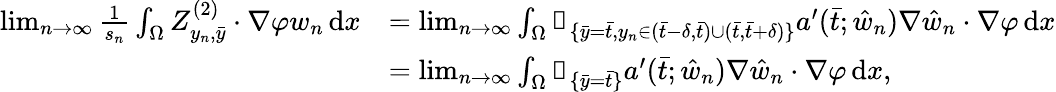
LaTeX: \begin{array}{rl}{\operatorname*{lim}_{n\to\infty}\frac{1}{s_{n}}\int_{\Omega}Z_{y_{n},\bar{y}}^{(2)}\cdot\nabla\varphi w_{n}\, \mathrm{d}x}&{=\operatorname*{lim}_{n\to\infty}\int_{\Omega}\mathbb{1}_{\{ \bar{y}=\bar{t},y_{n}\in(\bar{t}-\delta,\bar{t})\cup(\bar{t},\bar{t}+\delta)\} }a^{\prime}(\bar{t};\hat{w}_{n})\nabla\hat{w}_{n}\cdot\nabla\varphi\, \mathrm{d}x}\\ &{=\operatorname*{lim}_{n\to\infty}\int_{\Omega}\mathbb{1}_{\{ \bar{y}=\bar{t}\} }a^{\prime}(\bar{t};\hat{w}_{n})\nabla\hat{w}_{n}\cdot\nabla\varphi\, \mathrm{d}x,}\end{array}